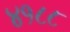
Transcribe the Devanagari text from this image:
४१८८